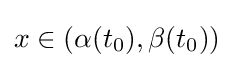
x\in (\alpha (t_{0}),\beta (t_{0}))